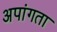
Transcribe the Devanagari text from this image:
अपांगता